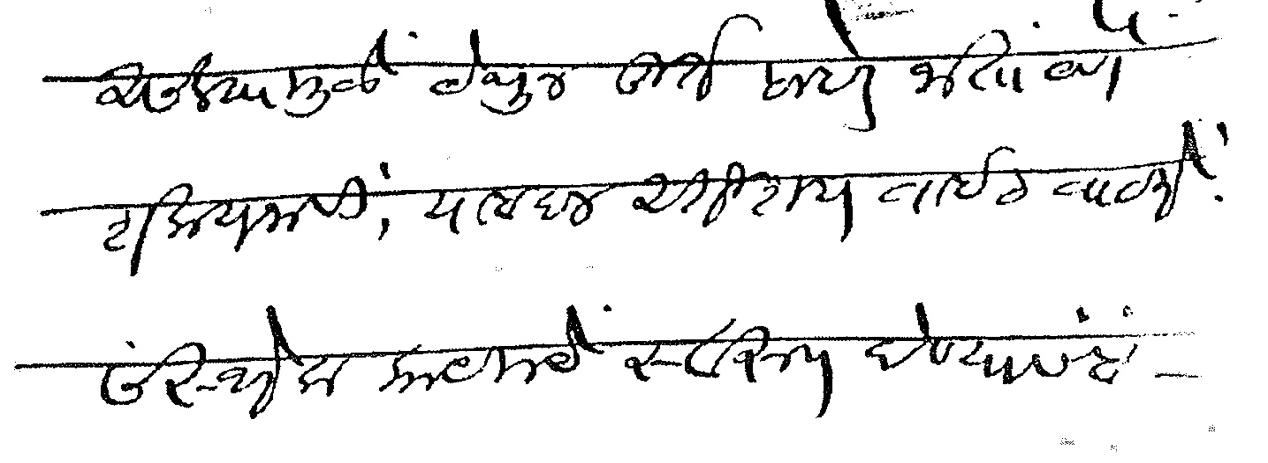
Transliteration (Devanagari): असल्यामुळे येथून तूर्त बाहेर जाता येणे शक्य नाही याबदल अतिशय वाईट वाटते संस्थेला कायमचे स्वरूप देण्यासंबं